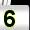
Digit: 5